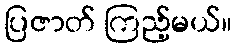
ပြဇာတ် ကြည့်မယ်။